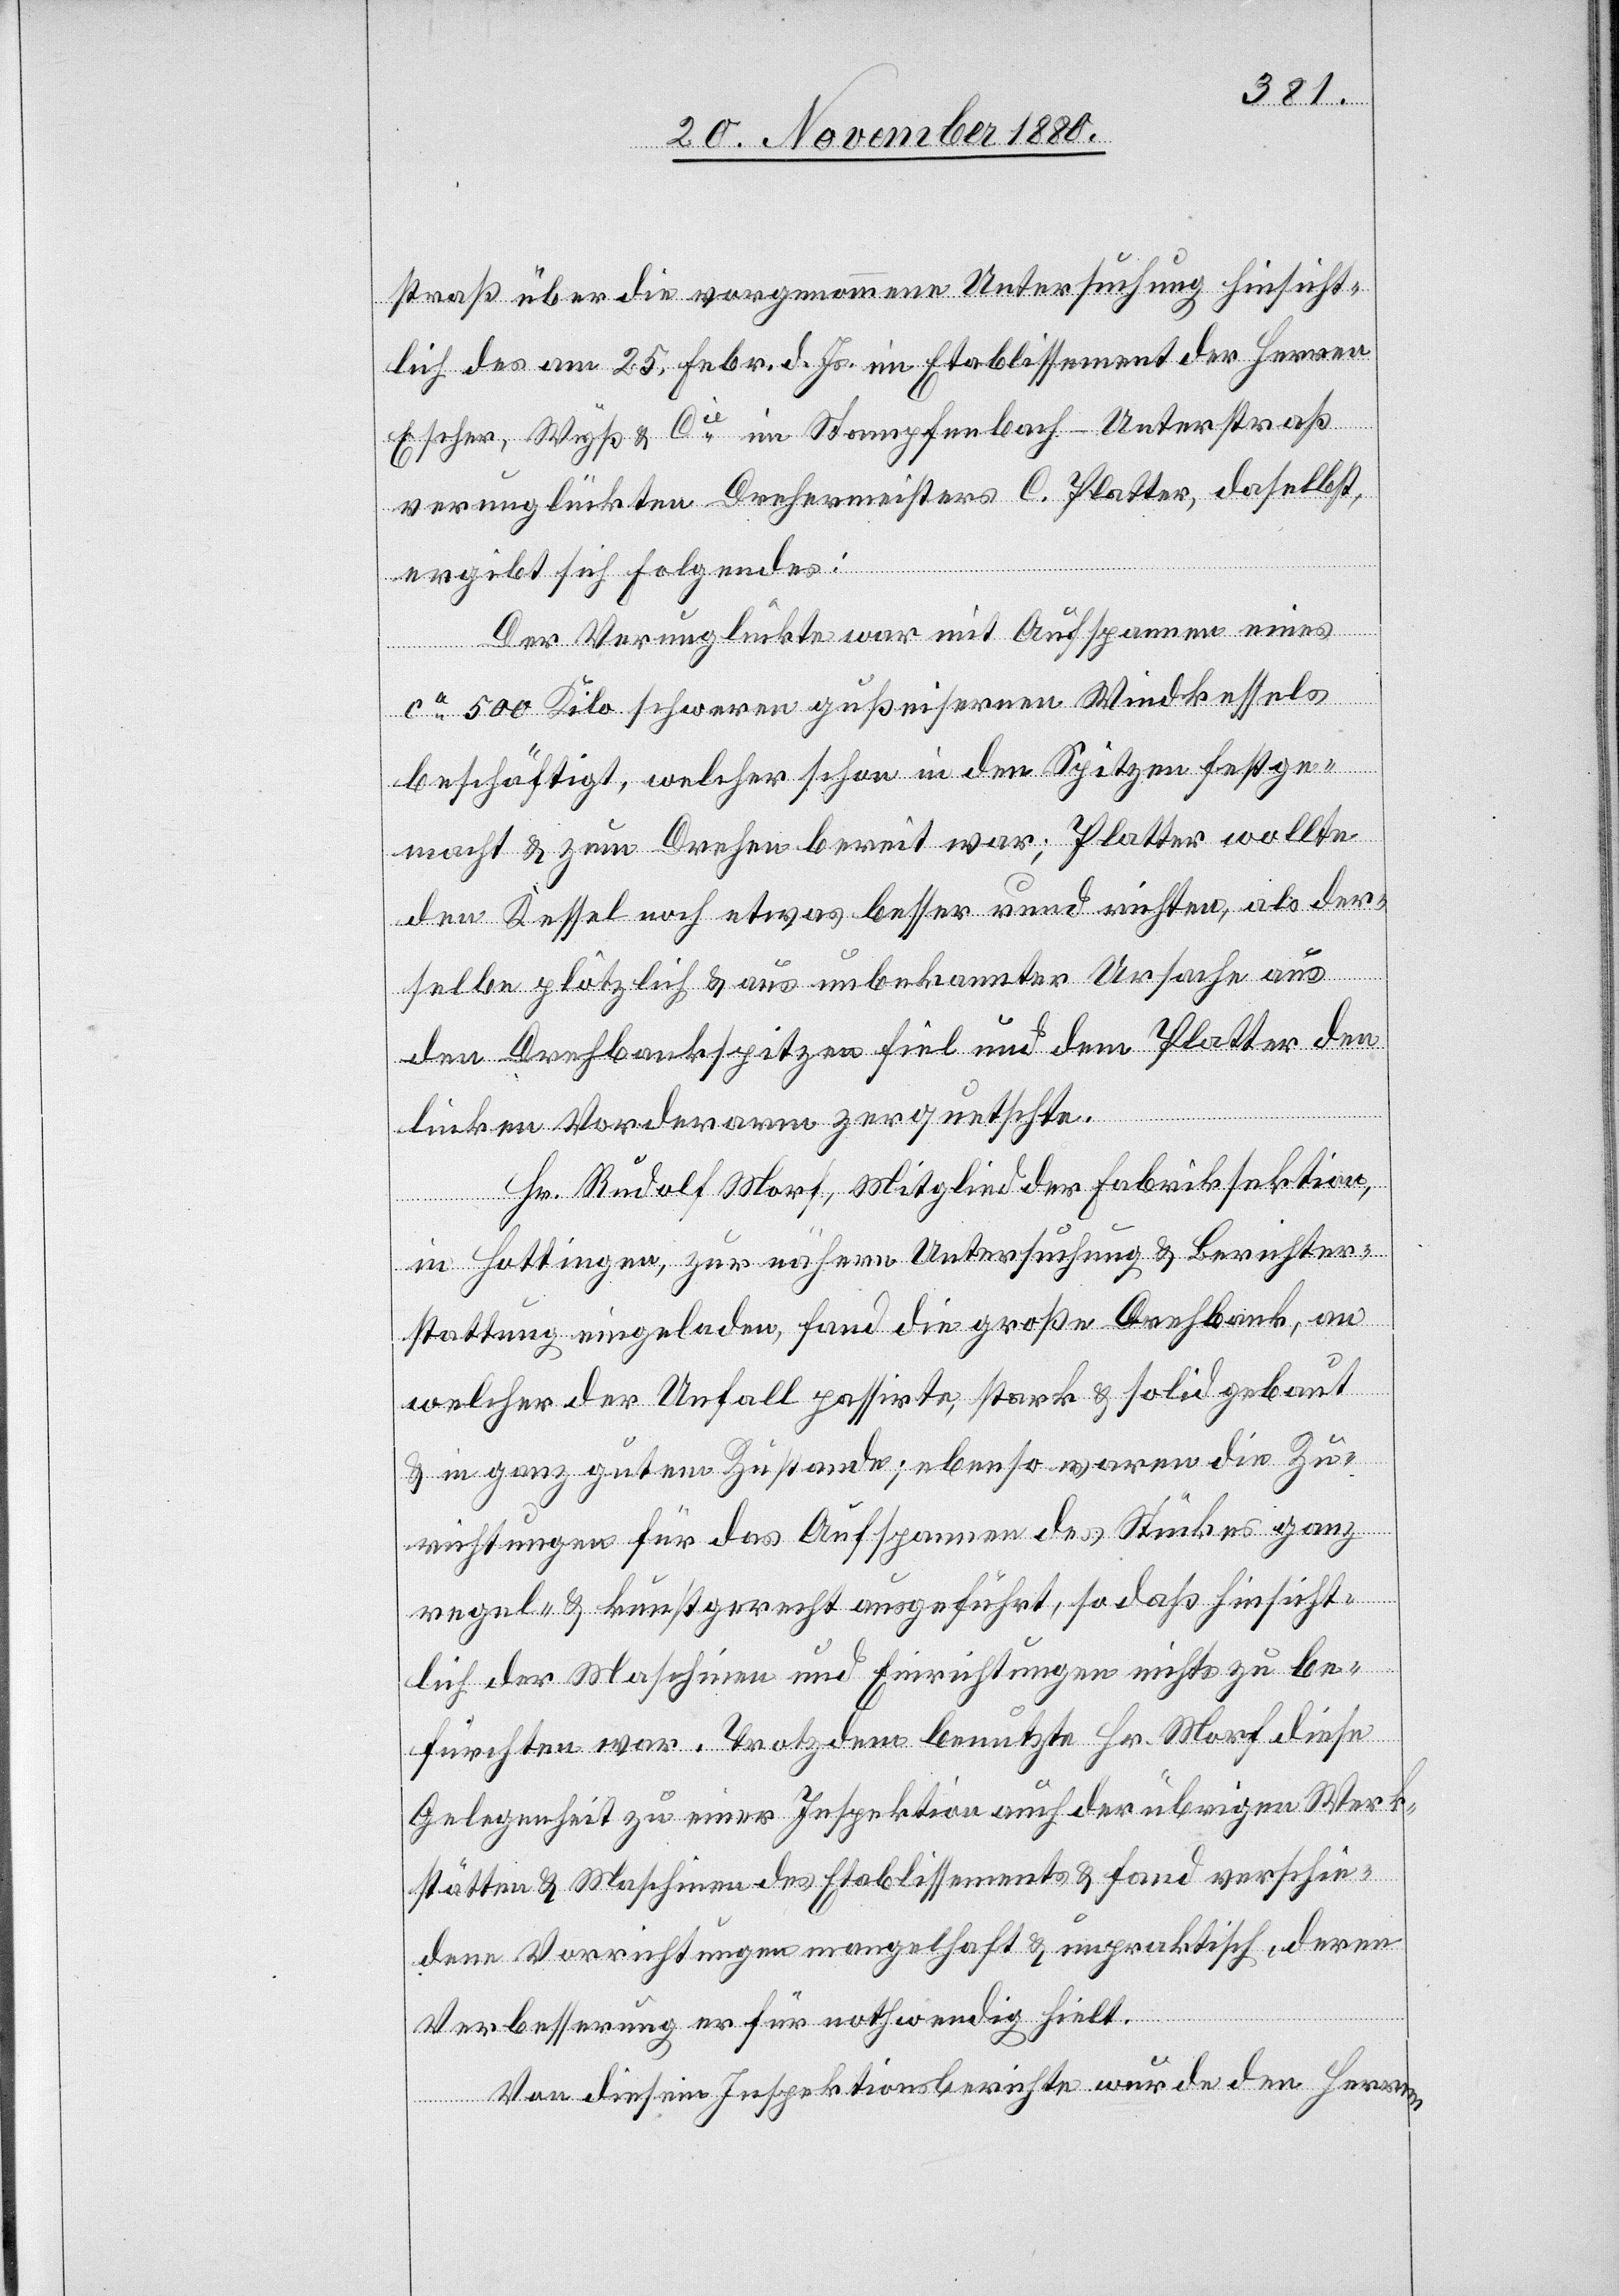
straß über die vorgenommene Untersuchung hinsicht¬
lich des am 25. Febr. d. Js. im Etablissement der Herren
Escher, Wyß & Cie im Stampfenbach - Unterstraß
verunglückten Drehermeister C. Platter, daselbst,
ergibt sich folgendes:
Der Verunglückte war mit Aufspannen eines
ca 500 Kilo schweren gußeisernen Windkessels
beschäftigt, welcher schon in den Spitzen festge¬
macht & zum Drehen bereit war; Platter wollte
den Kessel noch etwas besser rund richten, als der¬
selbe plötzlich & aus unbekannter Ursache aus
den Drehbankspitzen fiel und dem Platter den
linken Vorderarm zerquetschte.
Hr. Rudolf Morf, Mitglied der Fabriksektion,
in Hottingen, zur nähern Untersuchung & Berichter¬
stattung eingeladen, fand die große Drehbank, an
welcher der Unfall passirte, stark & solid gebaut
& in ganz gutem Zustande; ebenso waren die Zu¬
richtungen für das Aufspannen des Stückes ganz
regel- & kunstgerecht ausgeführt, so daß hinsicht¬
lich der Maschine und Einrichtungen nichts zu be¬
fürchten war. Trotzdem benutzte Hr. Morf diese
Gelegenheit zu einer Inspektion auch der übrigen Werk¬
stätten & Maschinen des Etablissements & fand verschie¬
dene Vorrichtungen mangelhaft & unpraktisch, deren
Verbesserung er für nothwendig hielt.
Von diesem Inspektionsberichte wurde den Herren